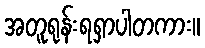
အတူရုန်းရရှာပါတကား။